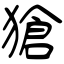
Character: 獊